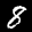
Label: 8